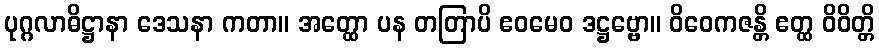
ပုဂ္ဂလာဓိဋ္ဌာနာ ဒေသနာ ကတာ။ အတ္ထော ပန တတြာပိ ဧဝမေဝ ဒဋ္ဌဗ္ဗော။ ဝိဝေကဇန္တိ ဧတ္ထ ဝိဝိတ္တိ